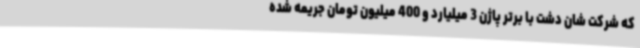
که شرکت شان دشت با برتر پاژن 3 میلیارد و 400 میلیون تومان جریمه شده